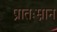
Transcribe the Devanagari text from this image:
प्रातःस्नान